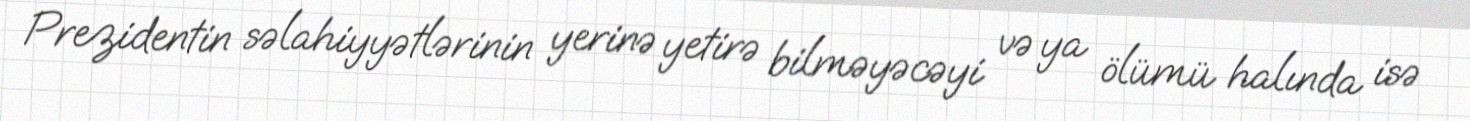
Prezidentin səlahiyyətlərinin yerinə yetirə bilməyəcəyi və ya ölümü halında isə